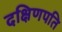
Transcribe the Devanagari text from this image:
दक्षिणपति